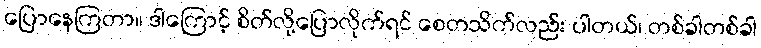
ပြောနေကြတာ။ ဒါကြောင့် စိတ်လို့ပြောလိုက်ရင် စေတသိက်လည်း ပါတယ်၊ တစ်ခါတစ်ခါ